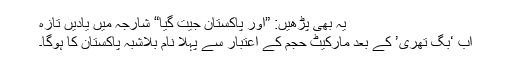
یہ بھی پڑھیں: ”اور پاکستان جیت گیا“ شارجہ میں یادیں تازہ
اب ‘بگ تھری’ کے بعد مارکیٹ حجم کے اعتبار سے پہلا نام بلاشبہ پاکستان کا ہوگا۔